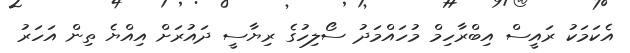
އެކަމަކު ރައީސް އިބްރާހިމް މުހައްމަދު ސޯލިހުގެ ރިޔާސީ ދައުރަށް އިއްޔެ ތިން އަހަރު